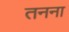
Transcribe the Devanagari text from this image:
तनना